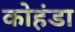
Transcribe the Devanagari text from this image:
कोहंडा